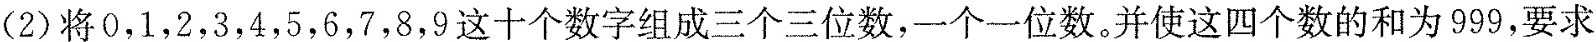
(2)将0，1，2，3，4，5，6，7，8，9这十个数字组成三个三位数，一个一位数。并使这四个数的和为999，要求